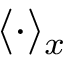
\langle \cdot \rangle _ { x }